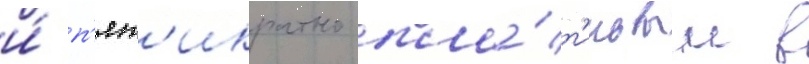
и́ п'ят'икратно пла́т'иновым в